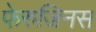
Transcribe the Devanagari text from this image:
फेरुजिनस